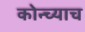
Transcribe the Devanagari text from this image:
कोन्च्याच